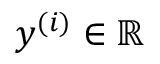
y ^ { ( i ) } \in \mathbb { R }